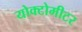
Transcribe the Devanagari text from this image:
योक्टोमीटर